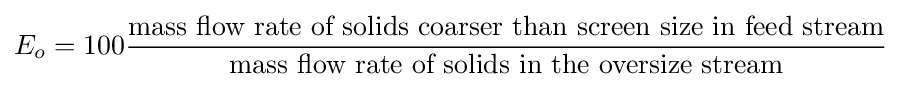
E_{o}=100{\frac {\text{mass flow rate of solids coarser than screen size in feed stream}}{\text{mass flow rate of solids in the oversize stream}}}